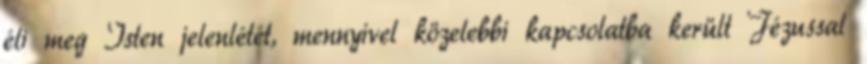
éli meg Isten jelenlétét, mennyivel közelebbi kapcsolatba került Jézussal